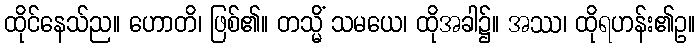
ထိုင်နေသ်ည။ ဟောတိ၊ ဖြစ်၏။ တသ္မိံ သမယေ၊ ထိုအခါ၌။ အဿ၊ ထိုရဟန်း၏ဥ။